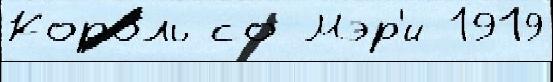
Коро́ль со Мэр'и 1919